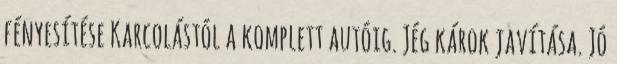
fényesítése Karcolástól a komplett autóig. Jég károk javítása. Jó